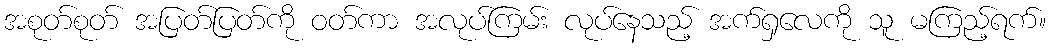
အစုတ်စုတ် အပြတ်ပြတ်ကို ဝတ်ကာ အလုပ်ကြမ်း လုပ်နေသည့် အက်ရှလေကို သူ မကြည့်ရက်။